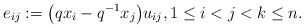
\begin{gather*}e_{ij}:=\big(q x_i-q^{-1} x_j\big) u_{ij}, 1 \le i < j < k \le n.\end{gather*}